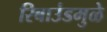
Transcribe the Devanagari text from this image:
रिबाउंडमुळे